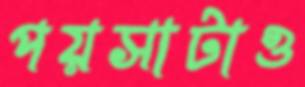
পয়সাটাও